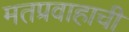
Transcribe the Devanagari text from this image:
मतप्रवाहाची